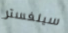
سيلفستر